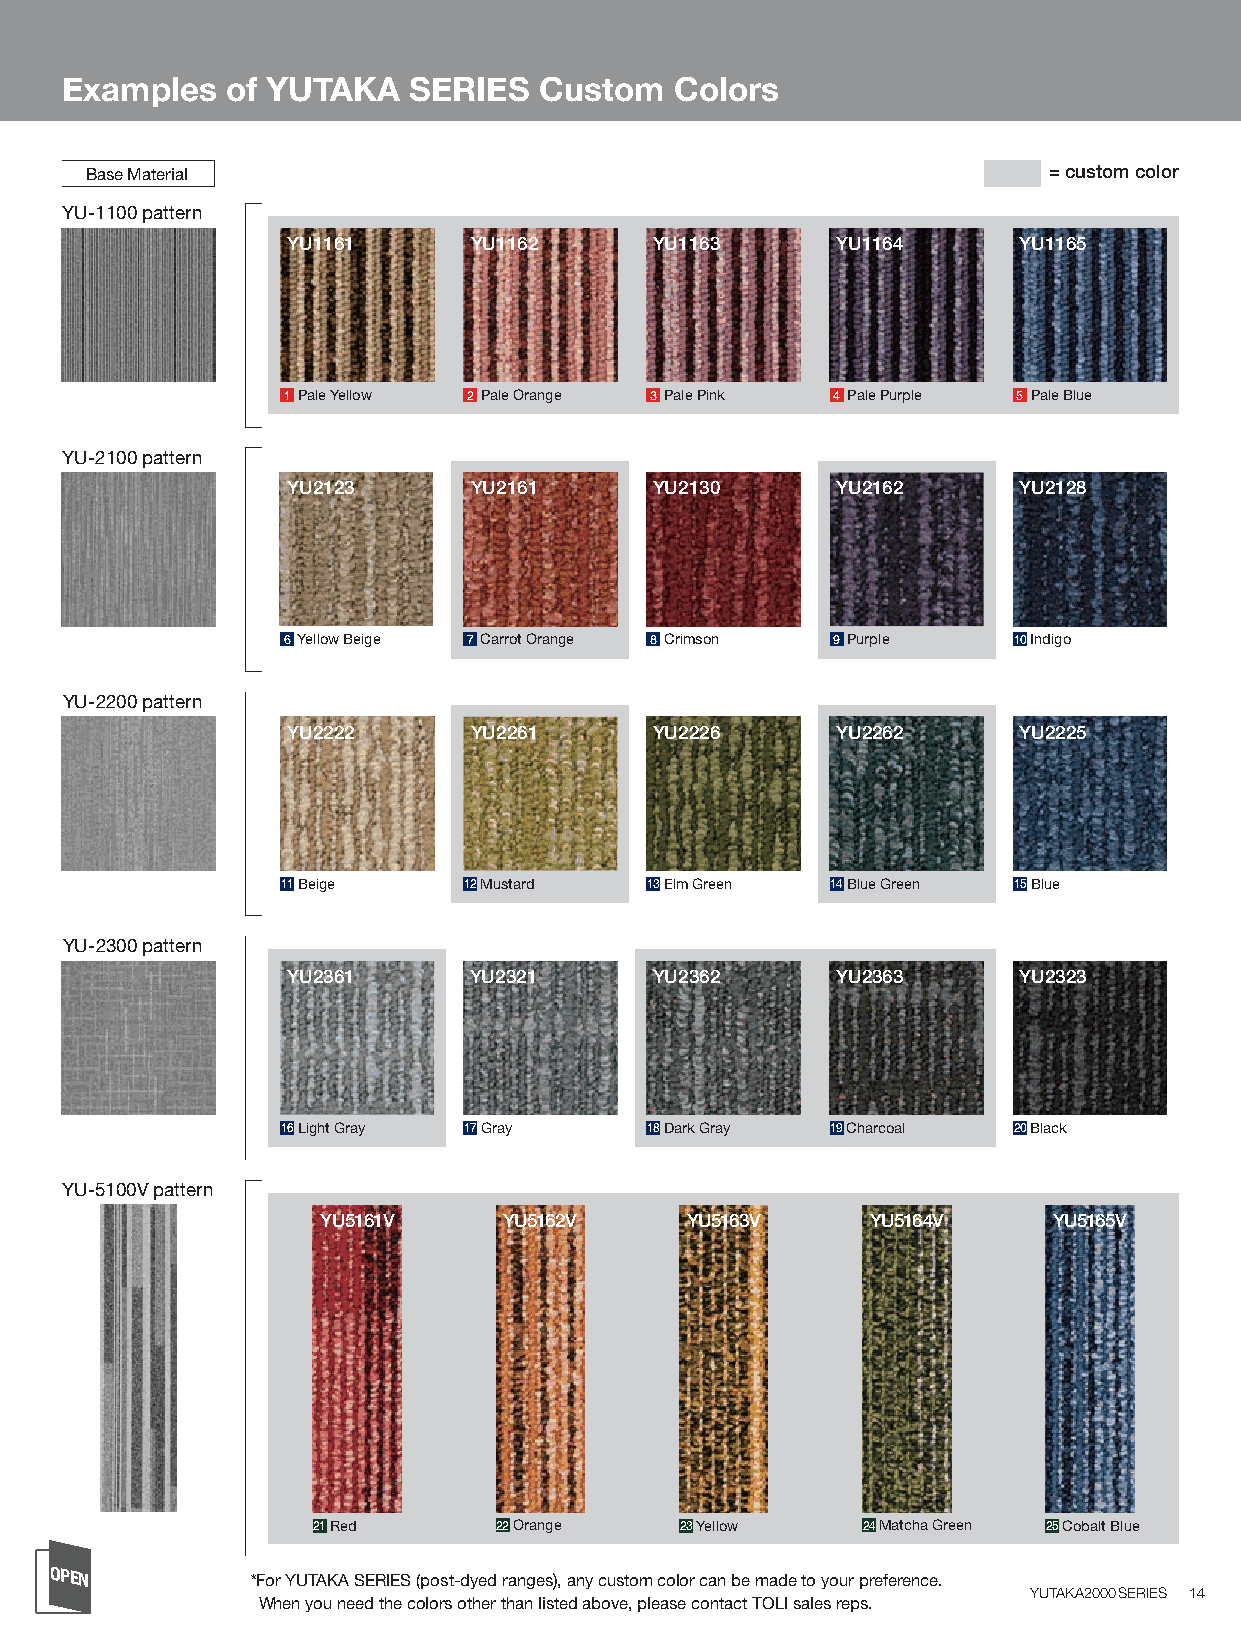
Examples   of YUTAKA   SERIES   Custom   Colors
 Base Material                                                  = custom color
 YU-1100 pattern
 YU1161      YU1162      YU1163      YU1164      YU1165
 1 Pale Yellow 2 Pale Orange 3 Pale Pink 4 Pale Purple 5 Pale Blue
 YU-2100 pattern
 YU2123      YU2161      YU2130      YU2162      YU2128
 6 Yellow Beige 7 Carrot Orange 8 Crimson 9 Purple 10 Indigo
 YU-2200 pattern
 YU2222      YU2261      YU2226      YU2262      YU2225
 11 Beige    12 Mustard  13 Elm Green 14 Blue Green 15 Blue
 YU-2300 pattern
 YU2361      YU2321      YU2362      YU2363      YU2323
 16 Light Gray 17 Gray   18 Dark Gray 19 Charcoal 20 Black
 YU-5100V pattern
 YU5161V     YU5162V     YU5163V      YU5164V     YU5165V
 21 Red      22 Orange   23 Yellow   24 Matcha Green 25 Cobalt Blue
 OPEN
 *For YUTAKA SERIES (post-dyed ranges), any custom color can be made to your preference.
 YUTAKA2000SERIES 14
 When you need the colors other than listed above, please contact TOLI sales reps.